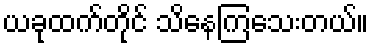
ယခုထက်တိုင် သိနေကြသေးတယ်။